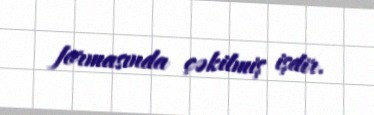
formasında çəkilmiş işdir.